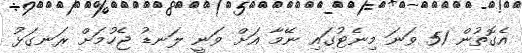
އެގޮތުން 51 ވަނަ މިނެޓުގައި ނޭމާ އަށް ވަނީ ލަނޑު ޖެހުމަށް ރަނގަޅު